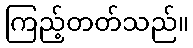
ကြည့်တတ်သည်။